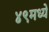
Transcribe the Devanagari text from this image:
४९मध्ये